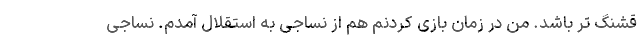
قشنگ تر باشد. من در زمان بازی کردنم هم از نساجی به استقلال آمدم. نساجی